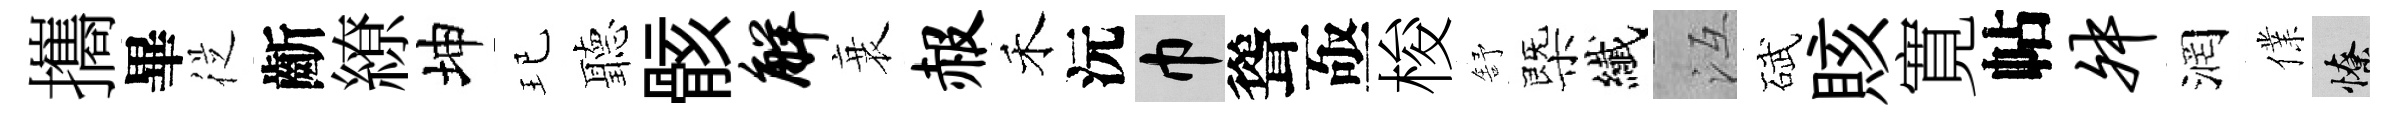
攜畢従齗繚坤玘聽骸解衰赧禾沅巾聳亟梭舒㮣纎冱碔賅寛帖舛润㒒憭